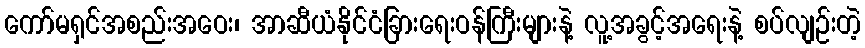
ကော်မရှင်အစည်းအဝေး၊ အာဆီယံနိုင်ငံခြားရေးဝန်ကြီးများနဲ့ လူ့အခွင့်အရေးနဲ့ စပ်လျဉ်းတဲ့